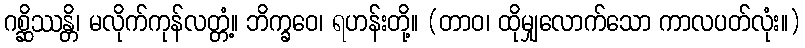
ဂစ္ဆိဿန္တိ၊ မလိုက်ကုန်လတ္တံ့။ ဘိက္ခဝေ၊ ရဟန်းတို့။ (တာဝ၊ ထိုမျှလောက်သော ကာလပတ်လုံး။)